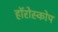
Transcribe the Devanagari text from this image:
हॉरोस्कोप